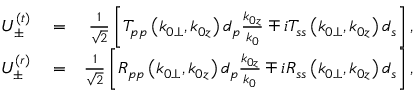
\begin{array} { r l r } { U _ { \pm } ^ { ( t ) } } & { { } = } & { \frac { 1 } { \sqrt { 2 } } \left[ T _ { p p } \left( k _ { 0 \perp } , k _ { 0 z } \right) d _ { p } \frac { k _ { 0 z } } { k _ { 0 } } \mp i T _ { s s } \left( k _ { 0 \perp } , k _ { 0 z } \right) d _ { s } \right] , } \\ { U _ { \pm } ^ { ( r ) } } & { { } = } & { \frac { 1 } { \sqrt { 2 } } \left[ R _ { p p } \left( k _ { 0 \perp } , k _ { 0 z } \right) d _ { p } \frac { k _ { 0 z } } { k _ { 0 } } \mp i R _ { s s } \left( k _ { 0 \perp } , k _ { 0 z } \right) d _ { s } \right] , } \end{array}